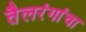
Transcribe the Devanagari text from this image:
तैलरंगांचा